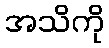
အသိကို